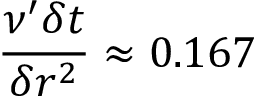
\frac { \nu ^ { \prime } \delta t } { \delta r ^ { 2 } } \approx 0 . 1 6 7